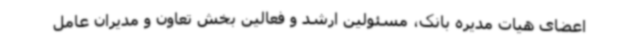
اعضای هیات مدیره بانک، مسئولین ارشد و فعالین بخش تعاون و مدیران عامل